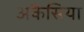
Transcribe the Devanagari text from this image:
अकैसिया